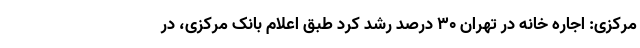
مرکزی: اجاره خانه در تهران ۳۰ درصد رشد کرد طبق اعلام بانک مرکزی، در